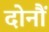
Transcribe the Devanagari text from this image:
दोनौं